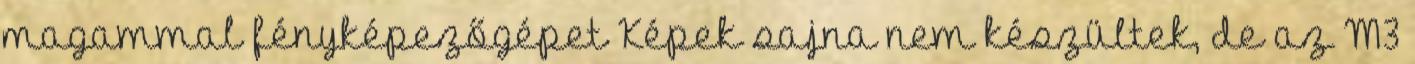
magammal fényképezőgépet Képek sajna nem készültek, de az M3